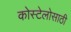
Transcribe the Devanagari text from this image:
कोस्टेलोसाठी